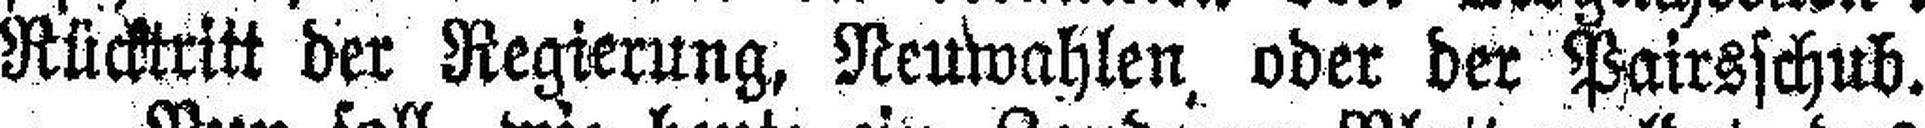
Rücktritt der Regierung, Neuwahlen oder der Pairsschub.